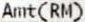
AMT(RM)